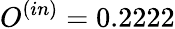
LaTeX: O^{(in)}=0.2222